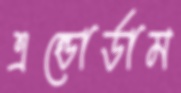
এন্ডোর্ডাম